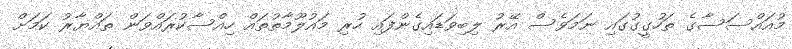
މުއައްސަސާގެ ތަހުގީގުގައި ނަމަވެސް އޭރު ލިބިވަޑައިގެންފައި ހުރި މައުލޫމާތުތައް ހިއްސާކުރައްވަން ތައްޔާރު ކަމަށް